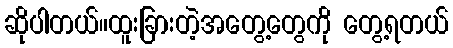
ဆိုပါတယ်။ထူးခြားတဲ့အတွေ့တွေကို တွေ့ရတယ်